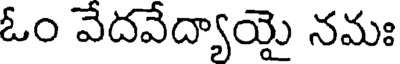
ఓం వేదవేద్యాయై నమః